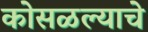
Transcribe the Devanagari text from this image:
कोसळल्याचे